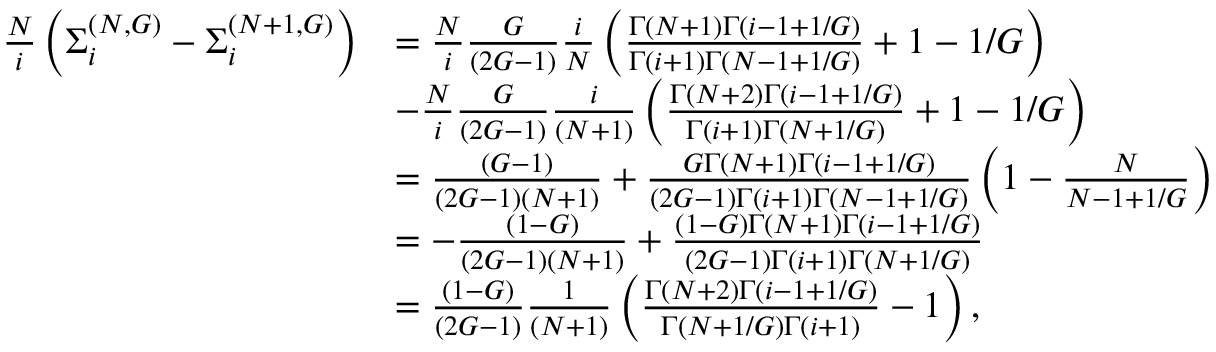
\begin{array} { r l } { \frac { N } { i } \left( \Sigma _ { i } ^ { ( N , G ) } - \Sigma _ { i } ^ { ( N + 1 , G ) } \right) } & { = \frac { N } { i } \frac { G } { \left( 2 G - 1 \right) } \frac { i } { N } \left( \frac { \Gamma \left( N + 1 \right) \Gamma \left( i - 1 + 1 / G \right) } { \Gamma \left( i + 1 \right) \Gamma \left( N - 1 + 1 / G \right) } + 1 - 1 / G \right) } \\ & { - \frac { N } { i } \frac { G } { \left( 2 G - 1 \right) } \frac { i } { \left( N + 1 \right) } \left( \frac { \Gamma \left( N + 2 \right) \Gamma \left( i - 1 + 1 / G \right) } { \Gamma \left( i + 1 \right) \Gamma \left( N + 1 / G \right) } + 1 - 1 / G \right) } \\ & { = \frac { \left( G - 1 \right) } { \left( 2 G - 1 \right) \left( N + 1 \right) } + \frac { G \Gamma \left( N + 1 \right) \Gamma \left( i - 1 + 1 / G \right) } { \left( 2 G - 1 \right) \Gamma \left( i + 1 \right) \Gamma \left( N - 1 + 1 / G \right) } \left( 1 - \frac { N } { N - 1 + 1 / G } \right) } \\ & { = - \frac { \left( 1 - G \right) } { \left( 2 G - 1 \right) \left( N + 1 \right) } + \frac { \left( 1 - G \right) \Gamma \left( N + 1 \right) \Gamma \left( i - 1 + 1 / G \right) } { \left( 2 G - 1 \right) \Gamma \left( i + 1 \right) \Gamma \left( N + 1 / G \right) } } \\ & { = \frac { \left( 1 - G \right) } { \left( 2 G - 1 \right) } \frac { 1 } { \left( N + 1 \right) } \left( \frac { \Gamma \left( N + 2 \right) \Gamma \left( i - 1 + 1 / G \right) } { \Gamma \left( N + 1 / G \right) \Gamma \left( i + 1 \right) } - 1 \right) , } \end{array}